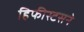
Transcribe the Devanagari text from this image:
हिफीस्टसने